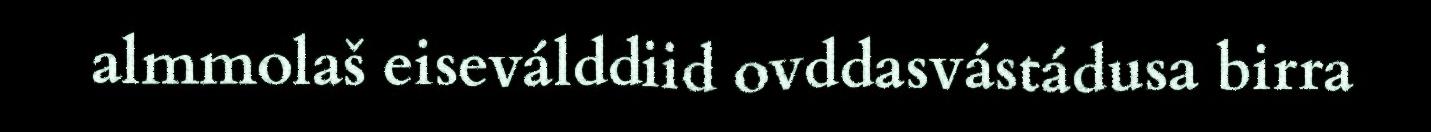
almmolaš eiseválddiid ovddasvástádusa birra